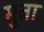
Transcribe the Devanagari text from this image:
मुत्ता